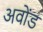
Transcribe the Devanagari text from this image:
अवोंड